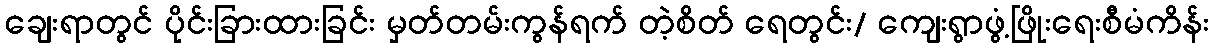
ချေးရာတွင် ပိုင်းခြားထားခြင်း မှတ်တမ်းကွန်ရက် တဲ့စိတ် ရေတွင်း/ ကျေးရွာဖွံ့ဖြိုးရေးစီမံကိန်း